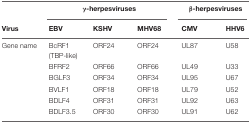
<table><thead><tr><td></td><td colspan="3"><b>γ-herpesviruses</b></td><td colspan="2"><b>β-herpesviruses</b></td></tr><tr><td><b>Virus</b></td><td><b>EBV</b></td><td><b>KSHV</b></td><td><b>MHV68</b></td><td><b>CMV</b></td><td><b>HHV6</b></td></tr></thead><tbody><tr><td>Gene name</td><td>BcRF1 (TBP-like)</td><td>ORF24</td><td>ORF24</td><td>UL87</td><td>U58</td></tr><tr><td></td><td>BFRF2</td><td>ORF66</td><td>ORF66</td><td>UL49</td><td>U33</td></tr><tr><td></td><td>BGLF3</td><td>ORF34</td><td>ORF34</td><td>UL95</td><td>U67</td></tr><tr><td></td><td>BVLF1</td><td>ORF18</td><td>ORF18</td><td>UL79</td><td>U52</td></tr><tr><td></td><td>BDLF4</td><td>ORF31</td><td>ORF31</td><td>UL92</td><td>U63</td></tr><tr><td></td><td>BDLF3.5</td><td>ORF30</td><td>ORF30</td><td>UL91</td><td>U62</td></tr></tbody></table>